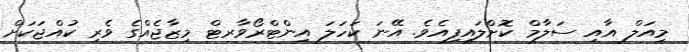
މިއަލް އާއި ސަލާމް ކޮށްލައިފިއެވެ. އޭނަ ކަހަލަ އިންޓްރޯވާރޓް މިޒާޖެއްގެ ވެރި ކުއްޖަކަށް